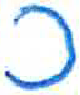
אות: כ